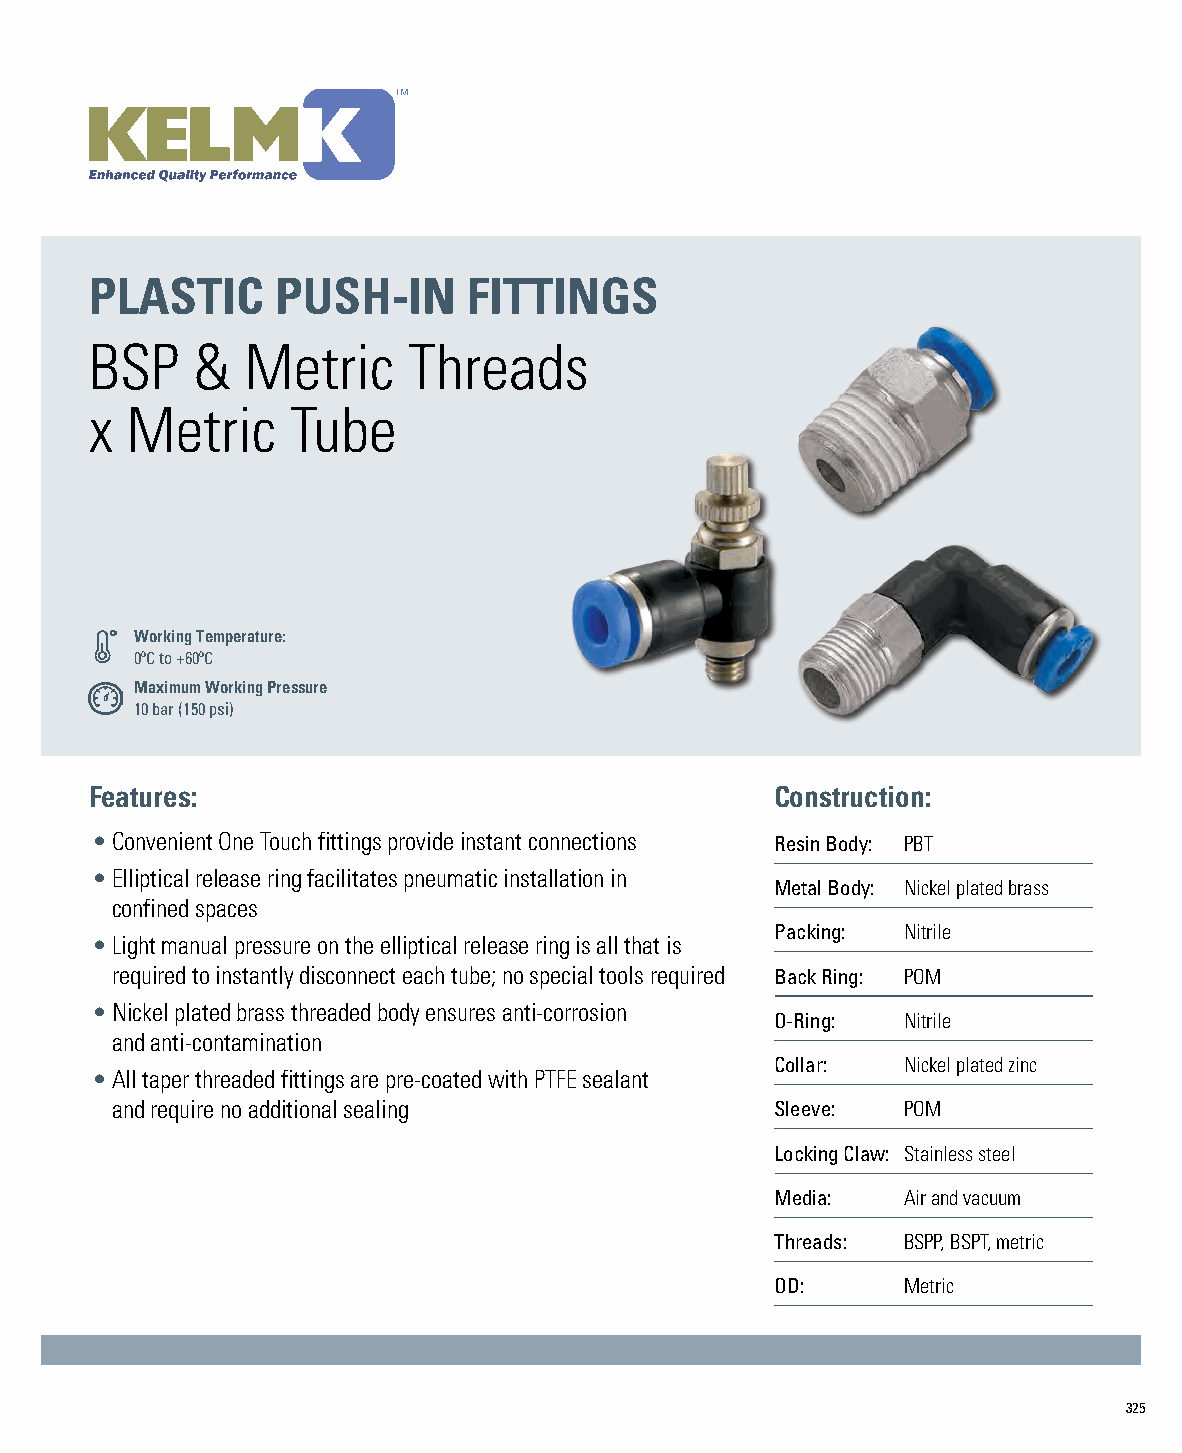
PLASTIC     PUSH-IN      FITTINGS
 BSP    &  Metric     Threads
 x Metric     Tube
 Working Temperature:
 0ºC to +60ºC
 Maximum Working Pressure
 10 bar (150 psi)
 Features:                                    Construction:
 • Convenient One Touch fittings provide instant connections Resin Body: PBT
 • E lliptical release ring facilitates pneumatic installation in
 Metal Body: Nickel plated brass
 confined spaces
 Packing: Nitrile
 • L ight manual pressure on the elliptical release ring is all that is
 required to instantly disconnect each tube; no special tools required Back Ring: POM
 • N ickel plated brass threaded body ensures anti-corrosion
 O-Ring:  Nitrile
 and anti-contamination
 Collar:  Nickel plated zinc
 • A ll taper threaded fittings are pre-coated with PTFE sealant
 and require no additional sealing           Sleeve:  POM
 Locking Claw: Stainless steel
 Media:   Air and vacuum
 Threads: BSPP, BSPT, metric
 OD:      Metric
 325